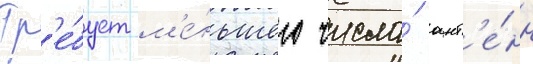
Тр'е́бует м'е́ньшего числа́ ант'е́нн